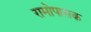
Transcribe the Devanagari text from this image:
रामोपासक